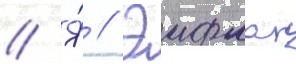
// Я́ // Эифман